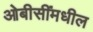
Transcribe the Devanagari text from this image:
ओबीसींमधील